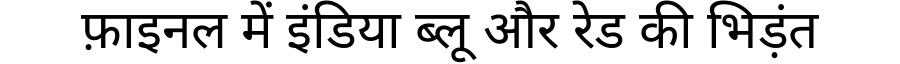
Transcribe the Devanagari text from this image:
फ़ाइनल में इंडिया ब्लू और रेड की भिड़ंत